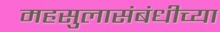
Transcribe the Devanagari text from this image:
महसुलासंबंधीच्या